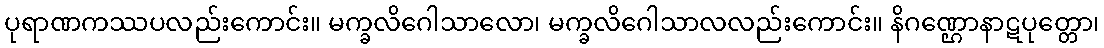
ပုရာဏကဿပလည်းကောင်း။ မက္ခလိဂေါသာလော၊ မက္ခလိဂေါသာလလည်းကောင်း။ နိဂဏ္ဌောနာဋပုတ္တော၊